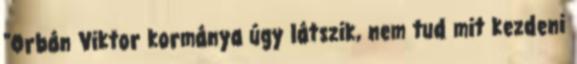
"Orbán Viktor kormánya úgy látszik, nem tud mit kezdeni